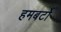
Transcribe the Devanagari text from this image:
हमबर्टो